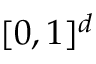
[ 0 , 1 ] ^ { d }